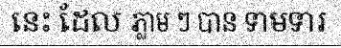
នេះ ដែល ភ្លាម ៗ បាន ទាមទារ